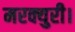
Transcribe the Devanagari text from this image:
मरक्युरी।